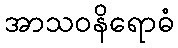
အာသဝနိရောဓံ